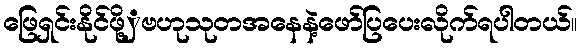
ဖြေရှင်းနိုင်ဖို့ှဗဟုသုတအနေနဲ့ဖော်ပြပေးလိုက်ရပါတယ်။